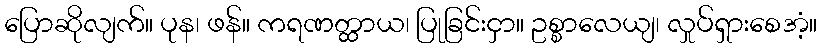
ပြောဆိုလျက်။ ပုန၊ ဖန်။ ကရဏတ္ထာယ၊ ပြုခြင်းငှာ။ ဥစ္စာလေယျ၊ လှုပ်ရှားစေအံ့။